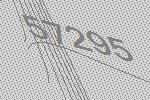
57295